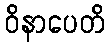
ဝိနာပေတိ